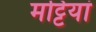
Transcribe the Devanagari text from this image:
मट्टियां